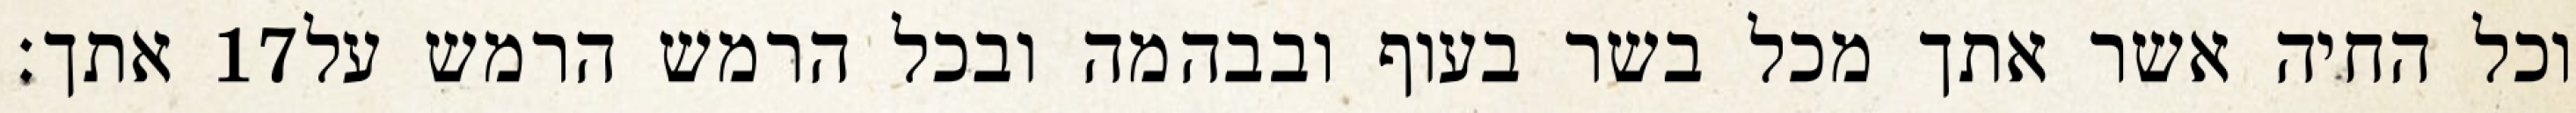
אתך׃ ‎17‏ וכל החיה אשר אתך מכל בשר בעוף ובבהמה ובכל הרמש הרמש על